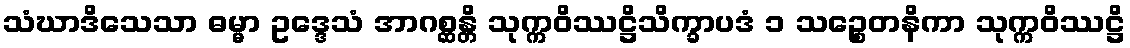
သံဃာဒိသေသာ ဓမ္မာ ဥဒ္ဒေသံ အာဂစ္ဆန္တိ သုက္ကဝိဿဋ္ဌိသိက္ခာပဒံ ၁ သဉ္စေတနိကာ သုက္ကဝိဿဋ္ဌိ